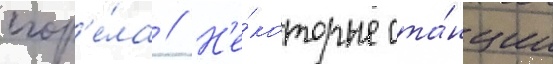
сгор'е́ла // Н'е́которые ста́нции